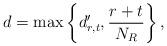
LaTeX: \begin{align*}d=\max\left\{d'_{r,t},\frac{r+t}{N_R}\right\},\end{align*}